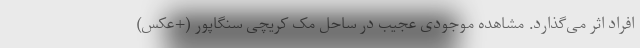
افراد اثر می‌گذارد. مشاهده موجودی عجیب در ساحل مک کریچی سنگاپور (+عکس)